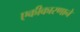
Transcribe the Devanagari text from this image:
एकीकारणाने